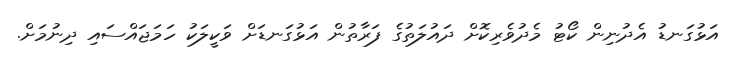
އަޅުގަނޑު އެދުނިން ކޯޓު މެދުވެރިކޮށް ދައުލަތުގެ ފަރާތުން އަޅުގަނޑަށް ވަކީލަކު ހަމަޖައްސައި ދިނުމަށް.